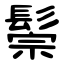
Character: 鬃